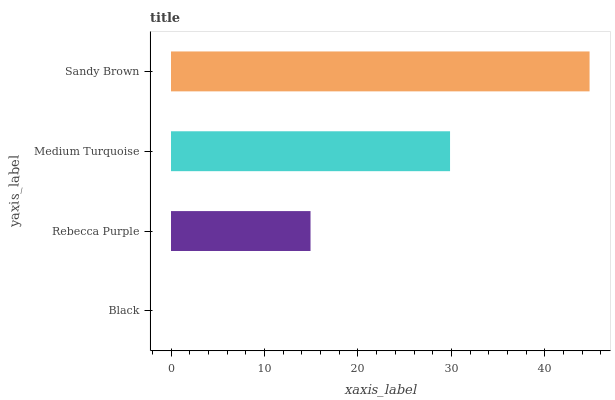
| yaxis_label | bars |
 | --- | --- |
 | Black | 0 |
 | Rebecca Purple | 14.9 |
 | Medium Turquoise | 29.9 |
 | Sandy Brown | 44.8 |